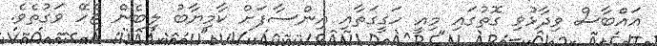
އައްބާސް ވިދާޅުވި ގޮތުގައި މިއީ ހަގީގަތާއި އިންސާފަށް ކާމިޔާބު ލިބެން ޖެހޭ ވަގުތެވެ.